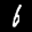
Label: 6